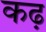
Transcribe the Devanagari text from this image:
कढ़